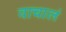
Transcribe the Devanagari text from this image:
वाचालं